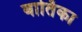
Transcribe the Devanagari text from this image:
वार्तिका